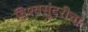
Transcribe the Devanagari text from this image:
विश्वसुंदरीचा